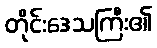
တိုင်းဒေသကြီး၏